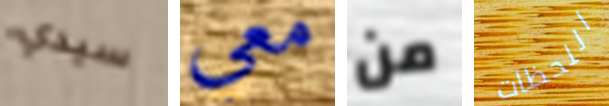
سيدي معي من اللحظات